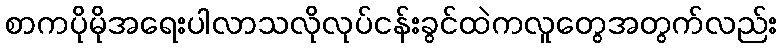
စာကပိုမိုအရေးပါလာသလိုလုပ်ငန်းခွင်ထဲကလူတွေအတွက်လည်း